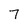
Character: 7